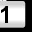
Digit: 1